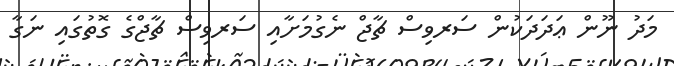
މަދު ނޫން ޢަދަދަކުން ސަރވިސް ޗާޖް ނެގުމަށާއި ސަރވިސް ޗާޖްގެ ގޮތުގައި ނަގާ